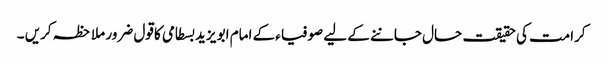
کرامت کی حقیقت حال جاننے کے لیے صوفیاء کے امام ابو یزید بسطامی کا قول ضرور ملاحظہ کریں ۔